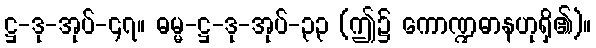
ဋ္ဌ-ဒု-အုပ်-၄၇။ ဓမ္မ-ဋ္ဌ-ဒု-အုပ်-၃၃ (ဤ၌ ကောဏ္ဍဓာနဟုရှိ၏)။